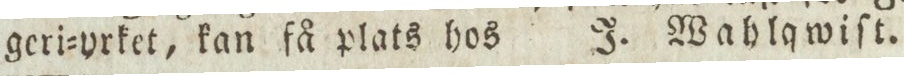
geri=yrket, kan få plats hos    J. Wahlqwiſt.